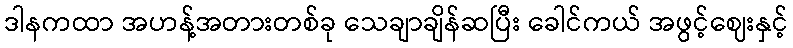
ဒါနကထာ အဟန့်အတားတစ်ခု သေချာချိန်ဆပြီး ခေါင်ကယ် အဖွင့်ဈေးနှင့်